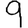
Digit: 9